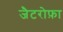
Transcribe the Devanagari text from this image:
जैटरोफ़ा